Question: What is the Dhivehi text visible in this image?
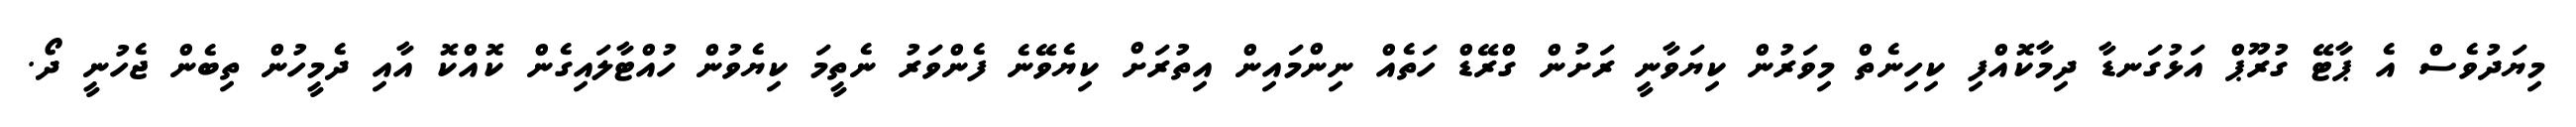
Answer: މިޔަދުވެސް އެ ޕާޓޭ ގުރޫޕް އަޅުގަނޑާ ދިމާކޮއްފި ކިހިނެތް މިވަރުން ކިޔަވާނީ ރަށުން ގްރޭޑް ހަތެއް ނިންމައިން އިތުރަށް ކިޔެވޭނެ ފެންވަރު ނެތީމަ ކިޔެވުން ހުއްޓާލައިގެން ކޮއްކޮ އާއި ދެމީހުން ތިބެން ޖެހުނީ ދޯ.